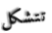
تتشكل